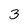
Character: 3